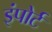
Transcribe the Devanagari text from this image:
इंपोर्ट